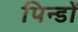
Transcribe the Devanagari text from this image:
पिन्डों